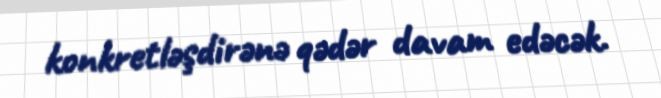
konkretləşdirənə qədər davam edəcək.